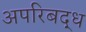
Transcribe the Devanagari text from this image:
अपरिबद्ध